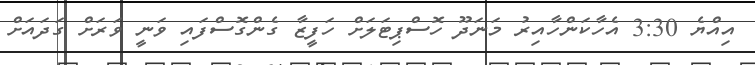
އިއްޔެ 3:30 އެހާކަންހާއިރު މަނަދޫ ހޮސްޕިޓަލަށް ހަފީޒާ ގެންގޮސްފައި ވަނީ ވަރަށް ގަދައަށް